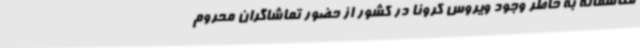
متاسفانه به خاطر وجود ویروس کرونا در کشور از حضور تماشاگران محروم